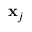
\mathbf { x } _ { j }